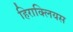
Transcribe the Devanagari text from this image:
हिराक्लियस